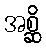
အစ္ဆိ